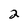
Character: 2